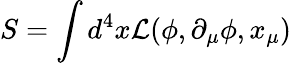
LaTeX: S=\int d^{4}x\mathcal{L}(\phi,\partial_{\mu}\phi,x_{\mu})